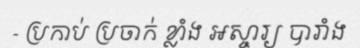
- ប្រកាប់ ប្រចាក់ ខ្លាំង អស្ចារ្យ បារាំង